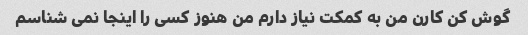
گوش کن کارن من به کمکت نیاز دارم من هنوز کسی را اینجا نمی شناسم